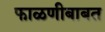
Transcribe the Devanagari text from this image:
फाळणीबाबत